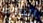
البلوط